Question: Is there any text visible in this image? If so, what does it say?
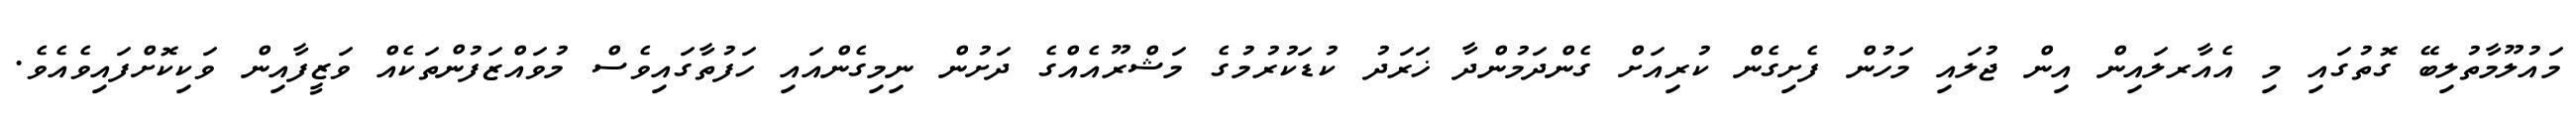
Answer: މައުލޫމާތުލިބޭ ގޮތުގައި މި އެއާރލައިން އިން ޖުލައި މަހުން ފެށިގެން ކުރިއަށް ގެންދަމުންދާ ޚަރަދު ކުޑަކުރުމުގެ މަޝްރޫއެއްގެ ދަށުން ނިމިގެންއައި ހަފުތާގައިވެސް މުވައްޒަފުންތަކެއް ވަޒީފާއިން ވަކިކޮށްފައިވެއެވެ.